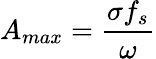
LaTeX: A_{max}={\frac{\sigma f_{s}}{\omega}}